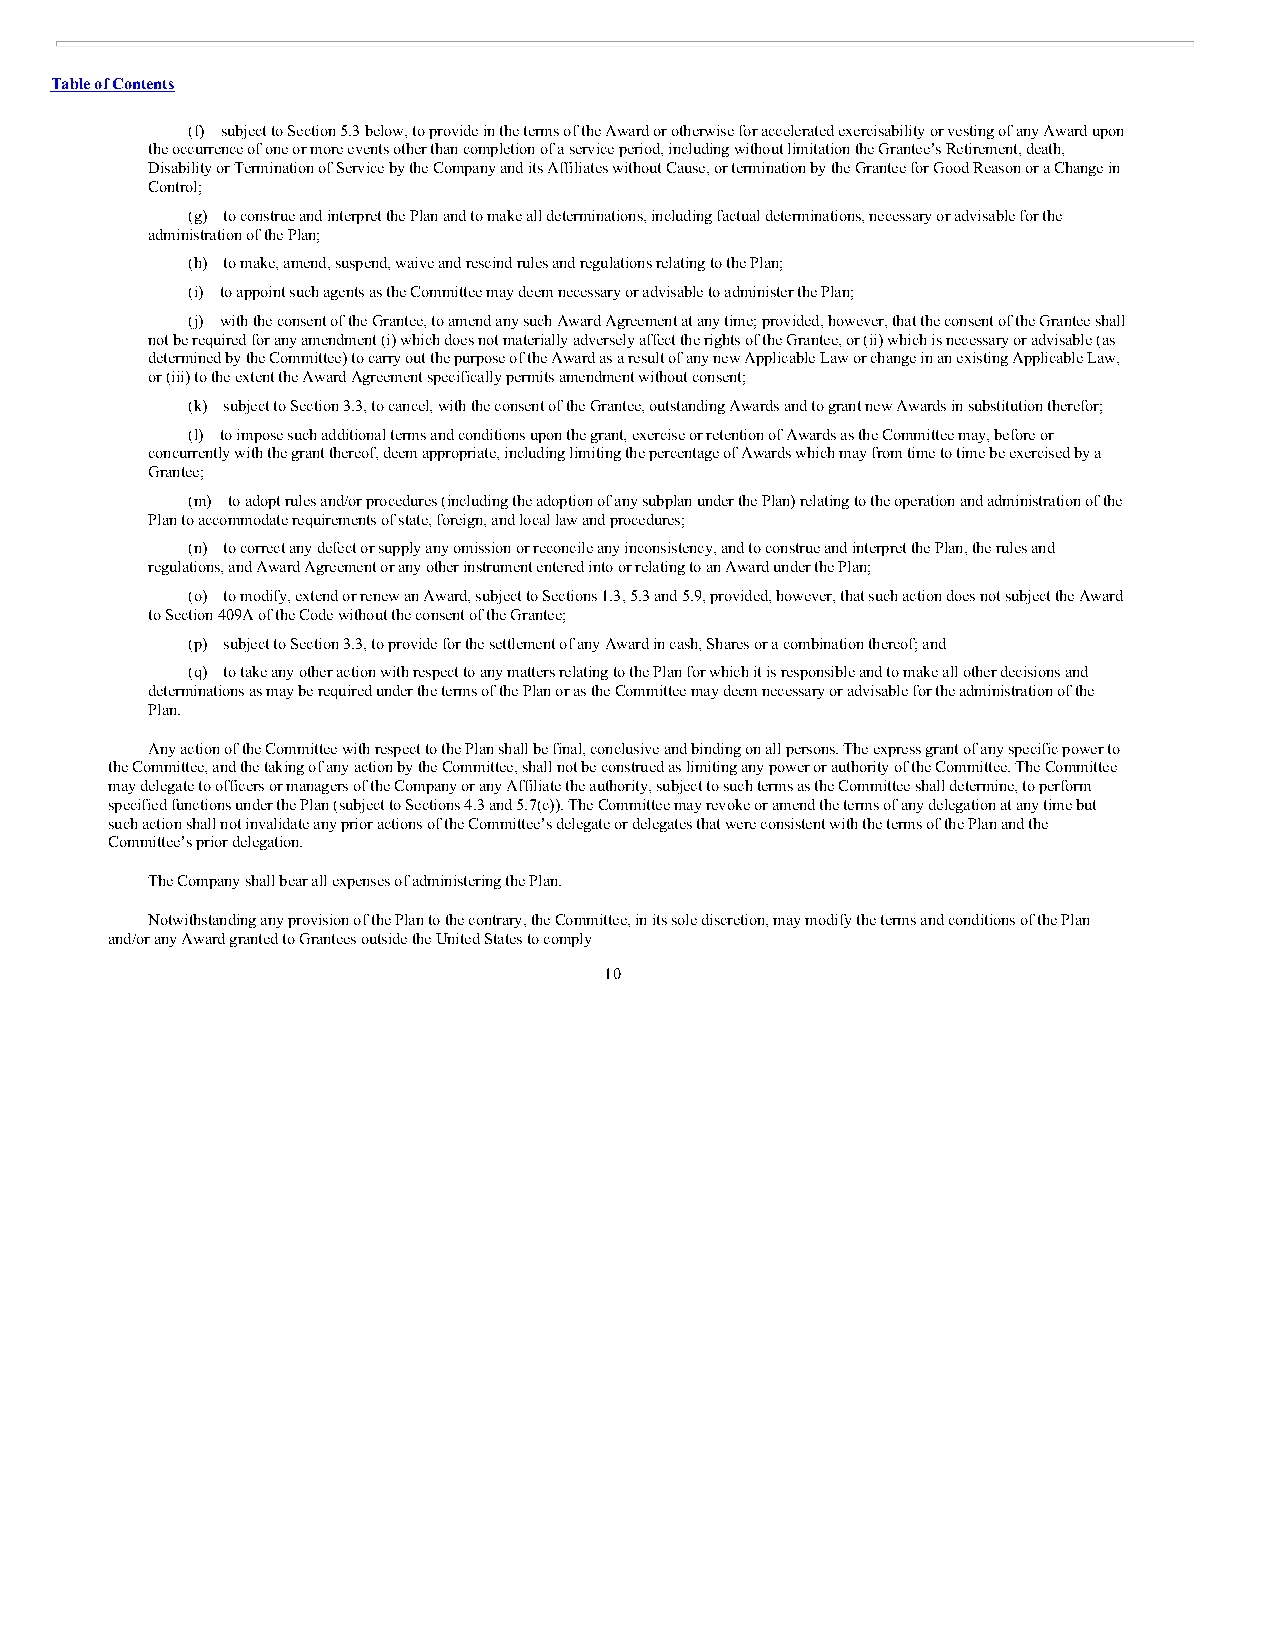
Table of Contents
 (f) subject to Section 5.3 below, to provide in the terms of the Award or otherwise for accelerated exercisability or vesting of any Award upon
 the occurrence of one or more events other than completion of a service period, including without limitation the Grantee’s Retirement, death,
 Disability or Termination of Service by the Company and its Affiliates without Cause, or termination by the Grantee for Good Reason or a Change in
 Control;
 (g) to construe and interpret the Plan and to make all determinations, including factual determinations, necessary or advisable for the
 administration of the Plan;
 (h) to make, amend, suspend, waive and rescind rules and regulations relating to the Plan;
 (i) to appoint such agents as the Committee may deem necessary or advisable to administer the Plan;
 (j) with the consent of the Grantee, to amend any such Award Agreement at any time; provided, however, that the consent of the Grantee shall
 not be required for any amendment (i) which does not materially adversely affect the rights of the Grantee, or (ii) which is necessary or advisable (as
 determined by the Committee) to carry out the purpose of the Award as a result of any new Applicable Law or change in an existing Applicable Law,
 or (iii) to the extent the Award Agreement specifically permits amendment without consent;
 (k) subject to Section 3.3, to cancel, with the consent of the Grantee, outstanding Awards and to grant new Awards in substitution therefor;
 (l) to impose such additional terms and conditions upon the grant, exercise or retention of Awards as the Committee may, before or
 concurrently with the grant thereof, deem appropriate, including limiting the percentage of Awards which may from time to time be exercised by a
 Grantee;
 (m) to adopt rules and/or procedures (including the adoption of any subplan under the Plan) relating to the operation and administration of the
 Plan to accommodate requirements of state, foreign, and local law and procedures;
 (n) to correct any defect or supply any omission or reconcile any inconsistency, and to construe and interpret the Plan, the rules and
 regulations, and Award Agreement or any other instrument entered into or relating to an Award under the Plan;
 (o) to modify, extend or renew an Award, subject to Sections 1.3, 5.3 and 5.9, provided, however, that such action does not subject the Award
 to Section 409A of the Code without the consent of the Grantee;
 (p) subject to Section 3.3, to provide for the settlement of any Award in cash, Shares or a combination thereof; and
 (q) to take any other action with respect to any matters relating to the Plan for which it is responsible and to make all other decisions and
 determinations as may be required under the terms of the Plan or as the Committee may deem necessary or advisable for the administration of the
 Plan.
 Any action of the Committee with respect to the Plan shall be final, conclusive and binding on all persons. The express grant of any specific power to
 the Committee, and the taking of any action by the Committee, shall not be construed as limiting any power or authority of the Committee. The Committee
 may delegate to officers or managers of the Company or any Affiliate the authority, subject to such terms as the Committee shall determine, to perform
 specified functions under the Plan (subject to Sections 4.3 and 5.7(c)). The Committee may revoke or amend the terms of any delegation at any time but
 such action shall not invalidate any prior actions of the Committee’s delegate or delegates that were consistent with the terms of the Plan and the
 Committee’s prior delegation.
 The Company shall bear all expenses of administering the Plan.
 Notwithstanding any provision of the Plan to the contrary, the Committee, in its sole discretion, may modify the terms and conditions of the Plan
 and/or any Award granted to Grantees outside the United States to comply
 10